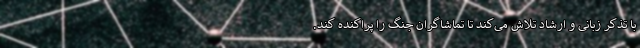
با تذکر زبانی و ارشاد تلاش می‌کند تا تماشاگران جنگ را پراکنده کند.